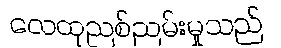
လေထုညစ်ညမ်းမှုသည်